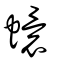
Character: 蠉